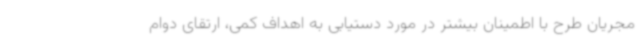
مجریان طرح با اطمینان بیشتر در مورد دستیابی به اهداف کمی، ارتقای دوام